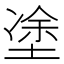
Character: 𡍼